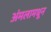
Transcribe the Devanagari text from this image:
अंमलामधून